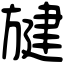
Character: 旔